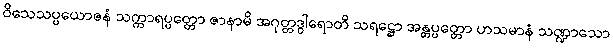
ဝိသေသပ္ပယောဇနံ သက္ကာရပ္ပတ္တော ဇာနာမိ အဂုတ္တဒွါရောတိ သရဋ္ဌော အန္တပ္ပတ္တော ဟသမာနံ သဏ္ဍာသော